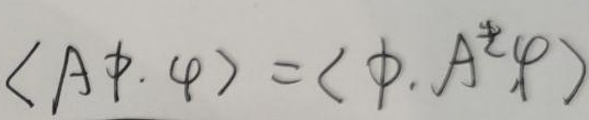
$\langle A \phi, \varphi\rangle=\langle\phi, A^{\dagger} \varphi\rangle$